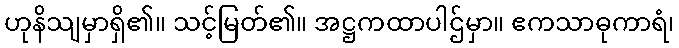
ဟုနိသျမှာရှိ၏။ သင့်မြတ်၏။ အဋ္ဌကထာပါဌ်မှာ။ ဧကသာဓုကာရံ၊